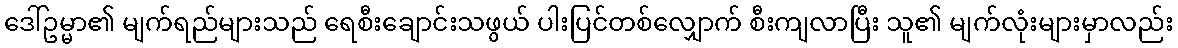
ဒေါ်ဥမ္မာ၏ မျက်ရည်များသည် ရေစီးချောင်းသဖွယ် ပါးပြင်တစ်လျှောက် စီးကျလာပြီး သူ၏ မျက်လုံးများမှာလည်း